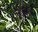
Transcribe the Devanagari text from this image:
लेचर